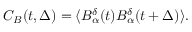
C _ { B } ( t , \Delta ) = \langle B _ { \alpha } ^ { \delta } ( t ) B _ { \alpha } ^ { \delta } ( t + \Delta ) \rangle .